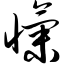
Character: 忾